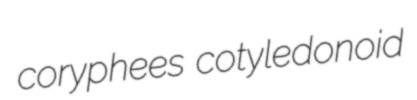
coryphees cotyledonoid